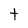
Character: T